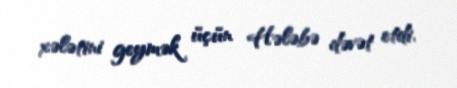
xələtini geymək üçün Hələbə dəvət etdi.